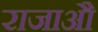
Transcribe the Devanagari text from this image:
राजाऔं